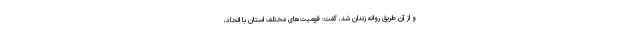
و از آن طریق روانه زندان شد، گفت: قومیت‌های مختلف استان با اتحاد،